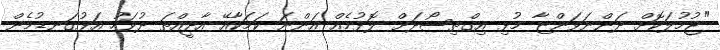
"ޖުމުލަކޮށް ދަންނަވަންޏާ މުޅި އިގްތިސޯދަށް ލޮޅުމެއް އަންނަ ކަމަކާއޭ އާދީއްތަ ދުވަހު އަޅުގަނޑުމެން